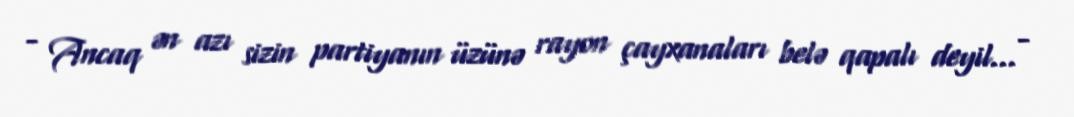
- Ancaq ən azı sizin partiyanın üzünə rayon çayxanaları belə qapalı deyil... -